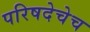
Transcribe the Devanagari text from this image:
परिषदेचेच